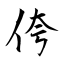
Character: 侉